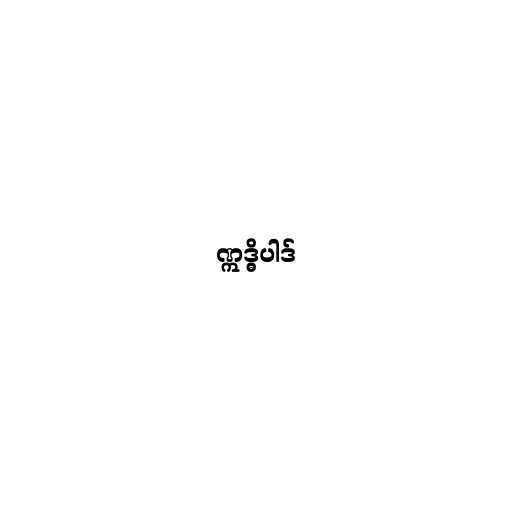
ဣဒ္ဓိပါဒ်